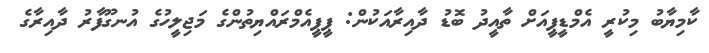
ކާމިޔާބު މިކުރީ އެމްޑީޕީއަށް ތާއީދު ބޮޑު ދާއިރާއަކުން: ޕީޕީއެމްރައްޔިތުންގެ މަޖިލީހުގެ އުނގޫފާރު ދާއިރާގެ